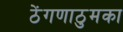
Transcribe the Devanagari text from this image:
ठेंगणाठुमका